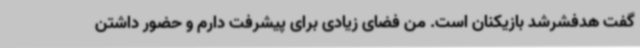
گفت هدفشرشد بازیکنان است. من فضای زیادی برای پیشرفت دارم و حضور داشتن